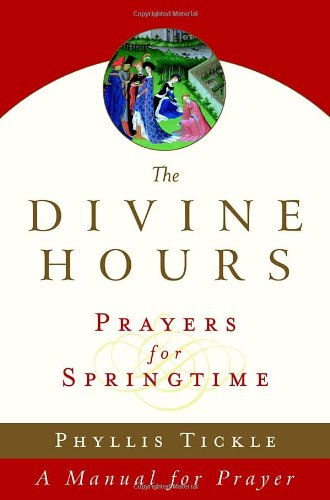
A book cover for The Divine Hours (Volume Three): Prayers for Springtime: A Manual for Prayer (Tickle, Phyllis); Phyllis Tickle; Christian Books & Bibles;